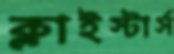
ক্লাইস্টার্স